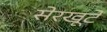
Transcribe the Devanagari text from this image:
सेरखूटे